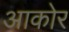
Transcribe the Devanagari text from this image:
आकोर